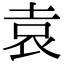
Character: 袁